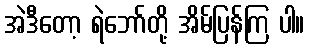
အဲဒီတော့ ရဲဘော်တို့ အိမ်ပြန်ကြ ပါ။